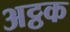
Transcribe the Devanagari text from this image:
अट्ठक